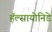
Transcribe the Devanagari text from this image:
हॅल्सायोनिडे